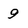
Character: 9